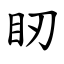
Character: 䀔